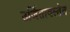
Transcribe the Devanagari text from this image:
उर्जितावस्तेत